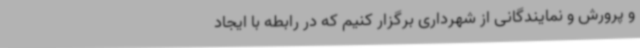
و پرورش و نمایندگانی از شهرداری برگزار کنیم که در رابطه با ایجاد